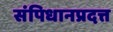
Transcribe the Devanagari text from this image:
संपिधानप्रदत्त